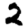
Digit: 2